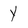
Character: Y